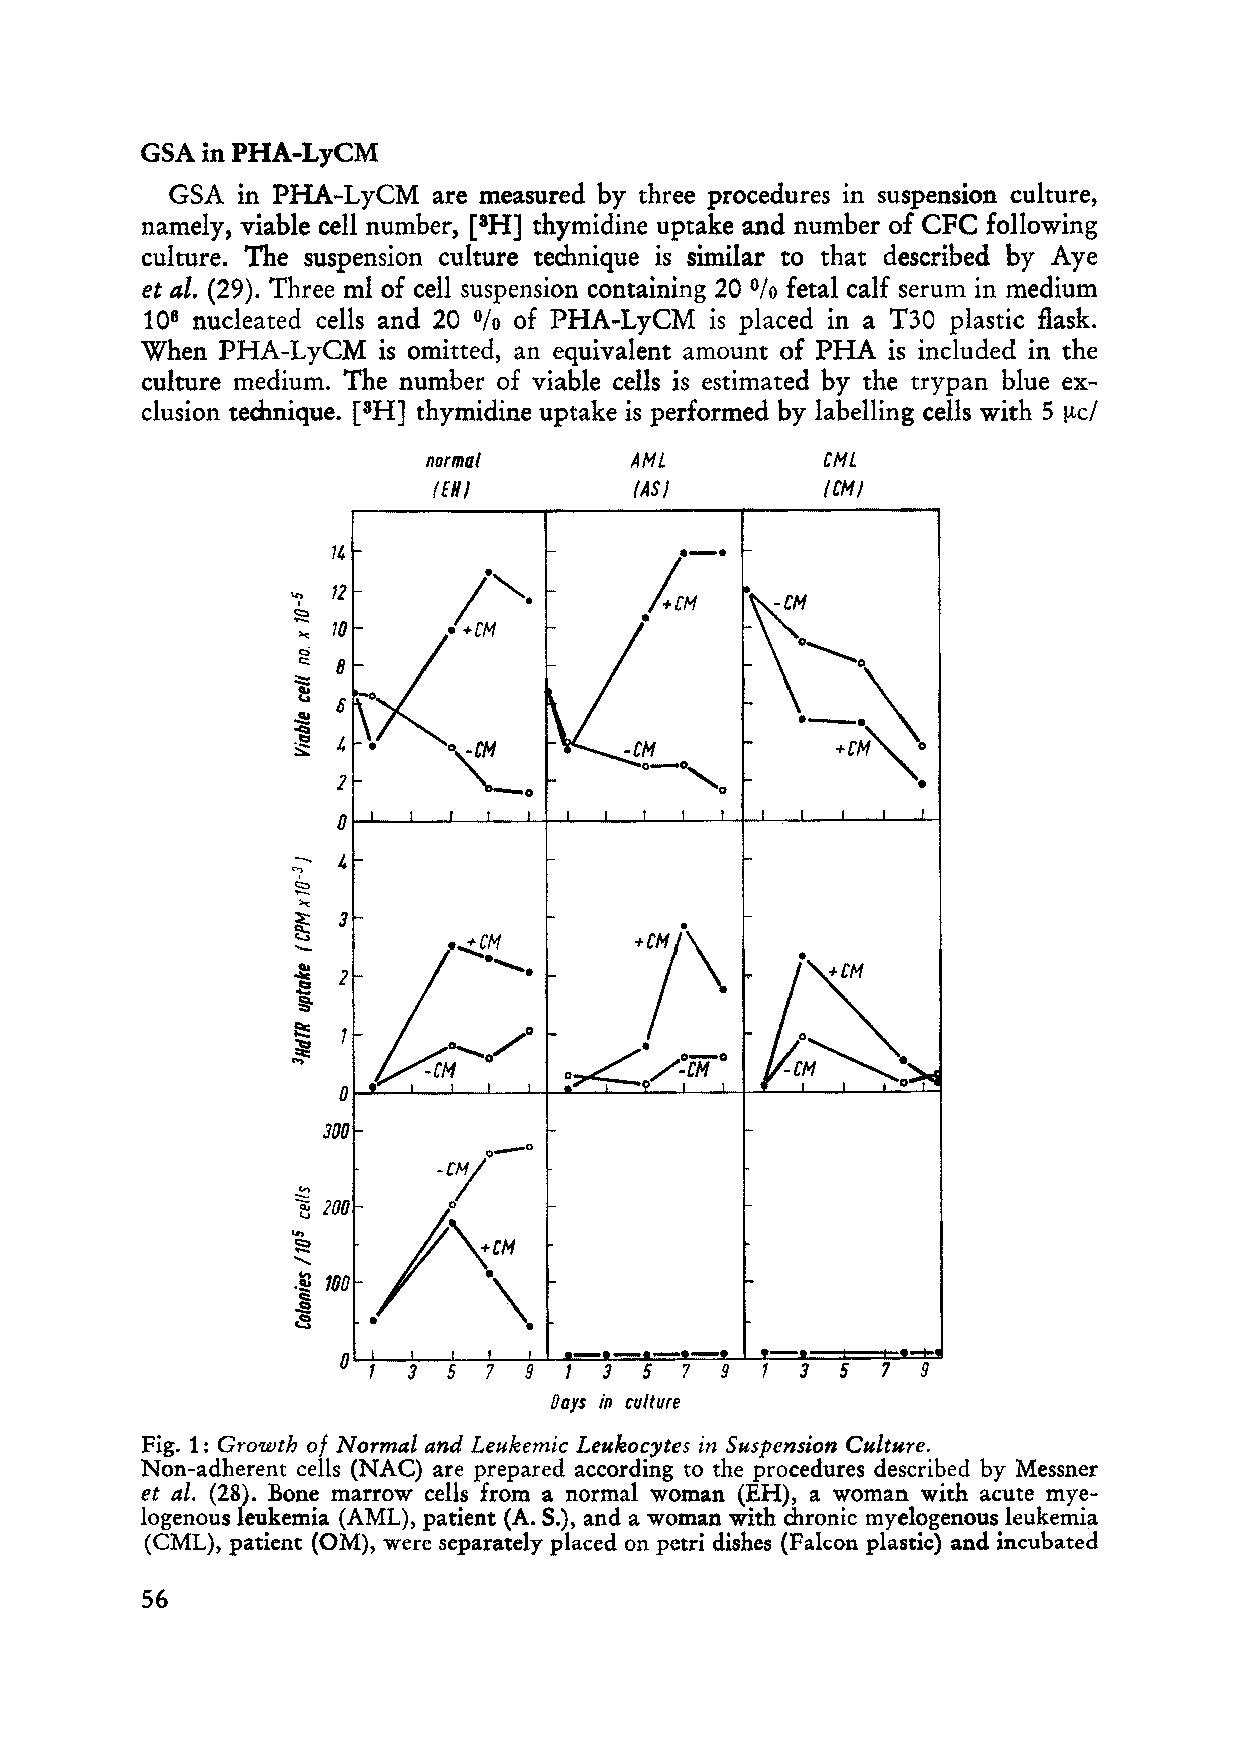
GSA in PHA-LyCM
 GSA  in PHA-LyCM  are measured by three procedures in suspension culture,
 namely, viable cell number, [3H] thymidine uptake and number of CFC following
 culture. The suspension culture technique is similar to that described by Aye
 et al. (29). Three ml of cell suspension containing 20 fetal calf serum in medium
 %
 106 nucleated cells and 20 of PHA-LyCM is placed in a T30 plastic fIasko
 %
 When PHA-LyCM   is omitted, an equivalent amount of PHA is included in the
 culture medium. The number of viable cells is estimated by the trypan bIue ex
 clusion technique. [3H] thymidine uptake is performed by Iabelling cells with 5 {tcl
 normal        AHl         CHl
 (EHI         lAS}        ICH}
 .-.
 -,
 14
 12
 ~                      -hH
 ~ '" 70    icH  -             ~
 0............
 eS                               ._.\
 c:: 8                                0
 :::::
 t:
 6
 ~                      0___ 0,
 -c:t
 ~          o~                       +CH""'o
 -
 2
 -0             0
 0
 --
 .., 4
 C:::.
 "-
 '"                    +7\
 ~  3                      •
 .<.....>..
 ::
 .e 2                             :~
 §}
 e:
 1                  -
 .~.,
 -C~
 o~/~CHo
 0
 300     -er
 0
 0-
 reM
 .!::!
 ~ 200
 ...,
 ~
 ........
 :c  .
 'CE 100       \.
 .s
 a
 ----
 5 7  9    3 5  7  9    3  5 7  9
 Oays in clIltllre
 Fig. 1: Growth 0/ Normal and Leukemic Leukocytes in Suspension Culture.
 Non-adherent cells (NAC) are prepared according to the procedures described by Messner
 et al. (28). Bone marrow cells from anormal woman (EH), a woman with acute mye
 logenous leukemia (AML), patient (A. S.), and a woman with dlronic myelogenous leukemia
 (CML), patient (OM), were separately placed on petri dishes (Falcon plastic) and incubated
 56